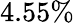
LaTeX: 4.55\%